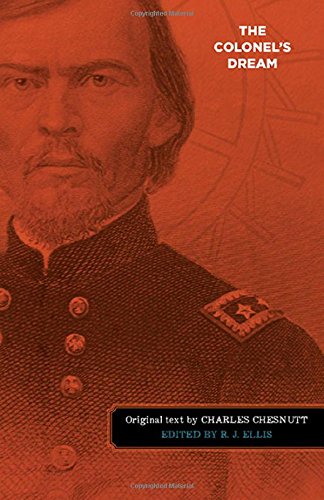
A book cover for The Colonel's Dream (Regenerations); Charles W. Chesnutt; Literature & Fiction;